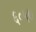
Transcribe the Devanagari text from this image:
६०५७